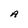
Character: A